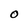
Character: O